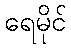
ရေမိုင်